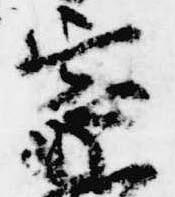
家